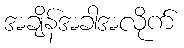
အချိန်အခါအလိုက်